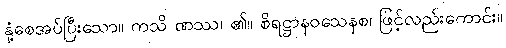
နှံ့စေအပ်ပြီးသော။ ကသိ ဏဿ၊ ၏။ စိရဋ္ဌာနဝသေနစ၊ ဖြင့်လည်းကောင်း။